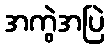
အကွဲအပြဲ